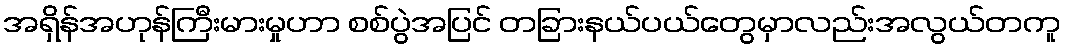
အရှိန်အဟုန်ကြီးမားမှုဟာ စစ်ပွဲအပြင် တခြားနယ်ပယ်တွေမှာလည်းအလွယ်တကူ